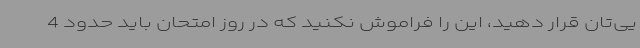
یی‌تان قرار دهید، این را فراموش نکنید که در روز امتحان باید حدود 4